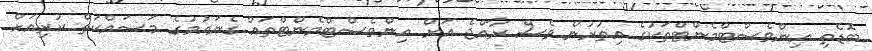
ބޮޑެތި އިންވެސްޓްމެންޓްތަކުގެ އިތުރުން ވެސް ރާއްޖެ އަށް އިންވެސްޓްމެންޓްތައް ގެނައުމުގެ މަސައްކަތް ކުރިއަށް